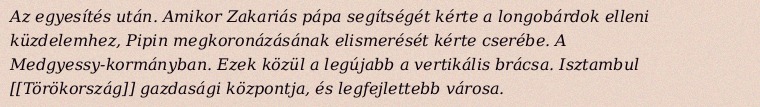
Az egyesítés után. Amikor Zakariás pápa segítségét kérte a longobárdok elleni küzdelemhez, Pipin megkoronázásának elismerését kérte cserébe. A Medgyessy-kormányban. Ezek közül a legújabb a vertikális brácsa. Isztambul [[Törökország]] gazdasági központja, és legfejlettebb városa.